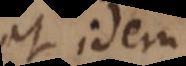
et idem